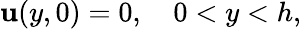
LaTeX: \mathbf{u}(y,0)=0,\quad0<y<h,